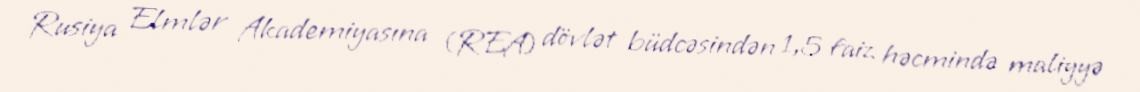
Rusiya Elmlər Akademiyasına (REA) dövlət büdcəsindən 1,5 faiz həcmində maliyyə